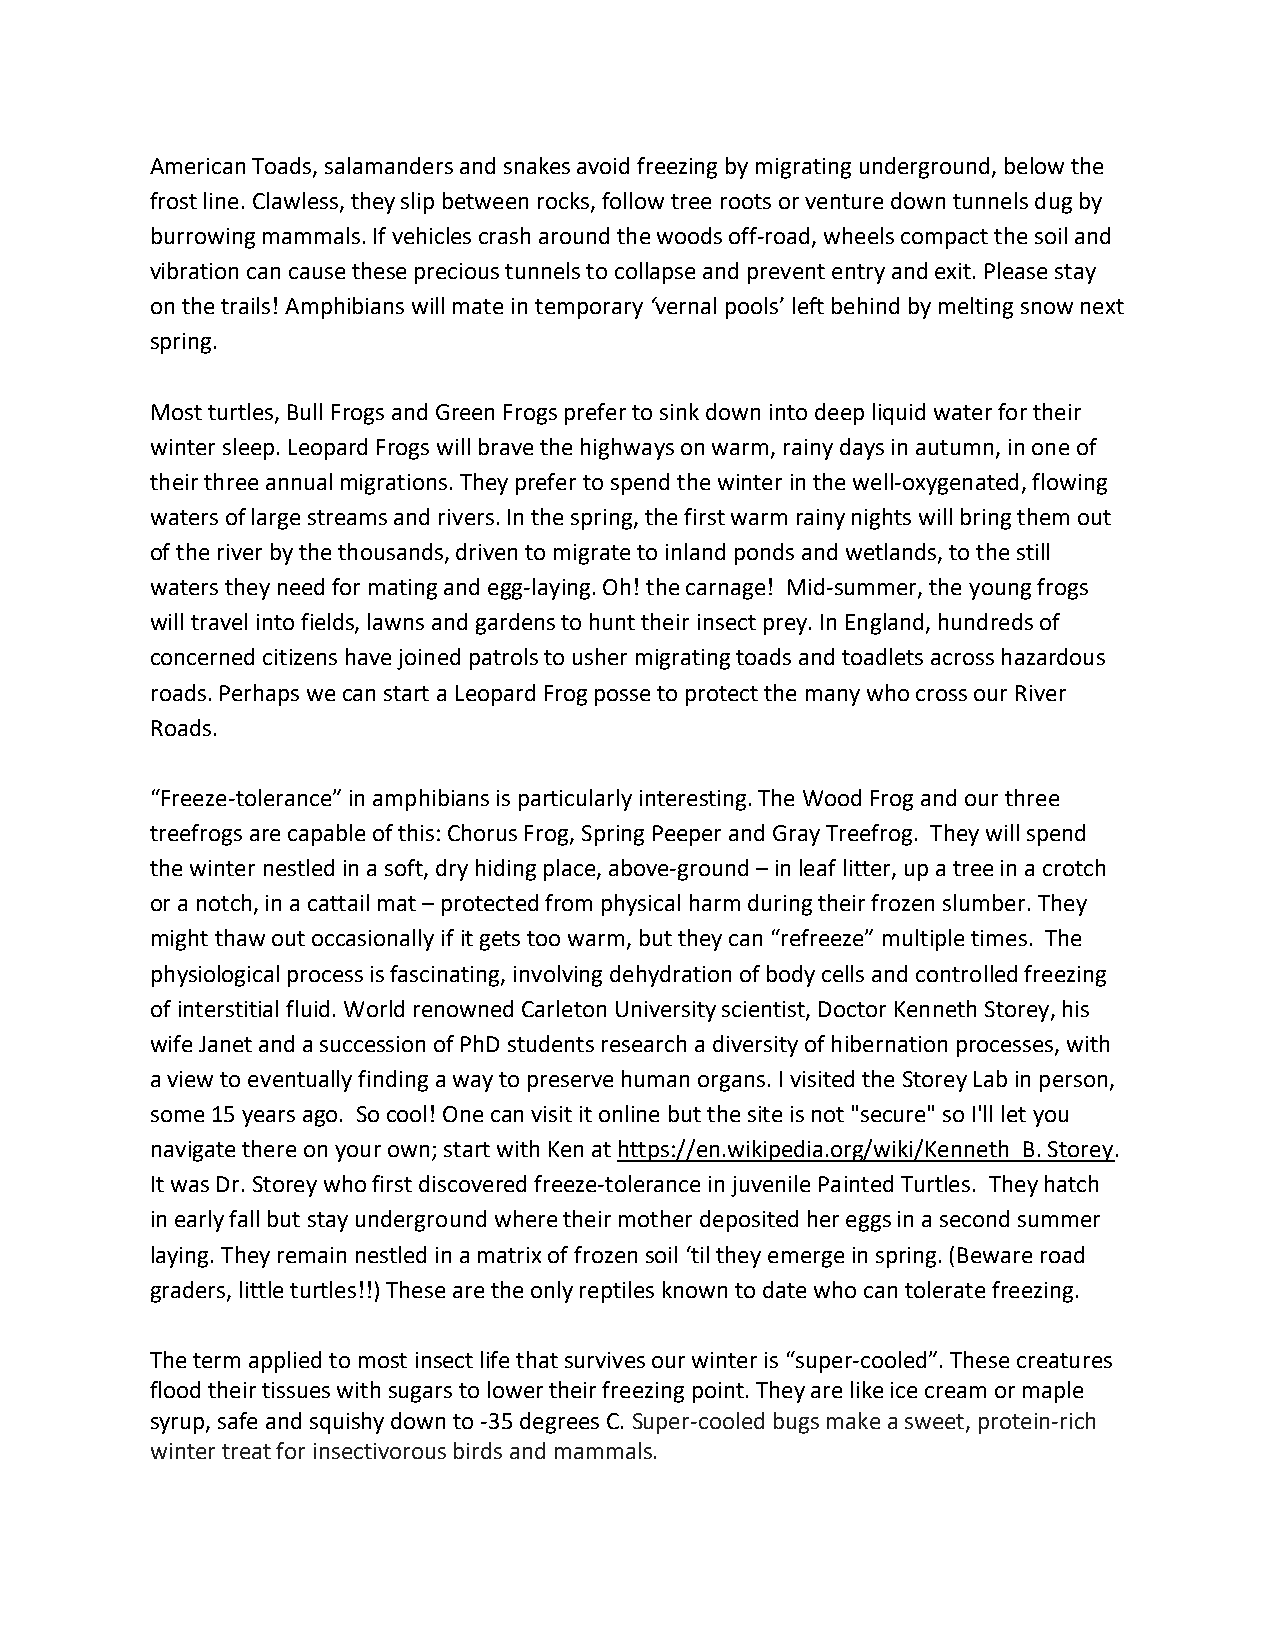
American Toads, salamanders and snakes avoid freezing by migrating underground, below the
 frost line. Clawless, they slip between rocks, follow tree roots or venture down tunnels dug by
 burrowing mammals. If vehicles crash around the woods off-road, wheels compact the soil and
 vibration can cause these precious tunnels to collapse and prevent entry and exit. Please stay
 on the trails! Amphibians will mate in temporary ‘vernal pools’ left behind by melting snow next
 spring.
 Most turtles, Bull Frogs and Green Frogs prefer to sink down into deep liquid water for their
 winter sleep. Leopard Frogs will brave the highways on warm, rainy days in autumn, in one of
 their three annual migrations. They prefer to spend the winter in the well-oxygenated, flowing
 waters of large streams and rivers. In the spring, the first warm rainy nights will bring them out
 of the river by the thousands, driven to migrate to inland ponds and wetlands, to the still
 waters they need for mating and egg-laying. Oh! the carnage! Mid-summer, the young frogs
 will travel into fields, lawns and gardens to hunt their insect prey. In England, hundreds of
 concerned citizens have joined patrols to usher migrating toads and toadlets across hazardous
 roads. Perhaps we can start a Leopard Frog posse to protect the many who cross our River
 Roads.
 “Freeze-tolerance” in amphibians is particularly interesting. The Wood Frog and our three
 treefrogs are capable of this: Chorus Frog, Spring Peeper and Gray Treefrog. They will spend
 the winter nestled in a soft, dry hiding place, above-ground – in leaf litter, up a tree in a crotch
 or a notch, in a cattail mat – protected from physical harm during their frozen slumber. They
 might thaw out occasionally if it gets too warm, but they can “refreeze” multiple times. The
 physiological process is fascinating, involving dehydration of body cells and controlled freezing
 of interstitial fluid. World renowned Carleton University scientist, Doctor Kenneth Storey, his
 wife Janet and a succession of PhD students research a diversity of hibernation processes, with
 a view to eventually finding a way to preserve human organs. I visited the Storey Lab in person,
 some 15 years ago. So cool! One can visit it online but the site is not "secure" so I'll let you
 navigate there on your own; start with Ken at https://en.wikipedia.org/wiki/Kenneth_B. Storey.
 It was Dr. Storey who first discovered freeze-tolerance in juvenile Painted Turtles. They hatch
 in early fall but stay underground where their mother deposited her eggs in a second summer
 laying. They remain nestled in a matrix of frozen soil ‘til they emerge in spring. (Beware road
 graders, little turtles!!) These are the only reptiles known to date who can tolerate freezing.
 The term applied to most insect life that survives our winter is “super-cooled”. These creatures
 flood their tissues with sugars to lower their freezing point. They are like ice cream or maple
 syrup, safe and squishy down to -35 degrees C. Super-cooled bugs make a sweet, protein-rich
 winter treat for insectivorous birds and mammals.